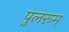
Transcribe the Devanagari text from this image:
पुलरूम